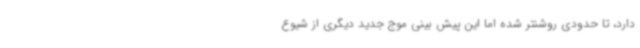
دارد، تا حدودی روشنتر شده اما این پیش بینی موج جدید دیگری از شیوع